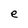
Character: e